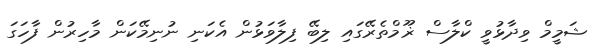
ޝަމީމް ވިދާޅުވީ ކްލާސް ޜޫމްތެރޭގައި ލިބޭ ފިލާވަޅުން އެކަނި ނުނިމޭކަން މާހިރުން ފާހަގަ